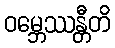
ဝမ္ဘေဿန္တီတိ